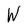
Character: W